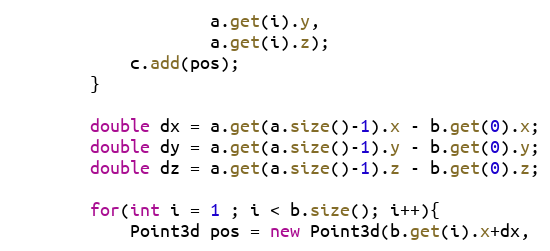
Language: Java
					a.get(i).y,
					a.get(i).z);
			c.add(pos);
		}

		double dx = a.get(a.size()-1).x - b.get(0).x;
		double dy = a.get(a.size()-1).y - b.get(0).y;
		double dz = a.get(a.size()-1).z - b.get(0).z;

		for(int i = 1 ; i < b.size(); i++){
			Point3d pos = new Point3d(b.get(i).x+dx,